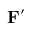
\mathbf { F ^ { \prime } }